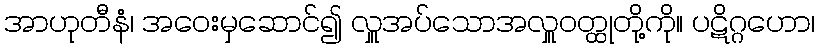
အာဟုတီနံ၊ အဝေးမှဆောင်၍ လှူအပ်သောအလှူဝတ္ထုတို့ကို။ ပဋိဂ္ဂဟော၊